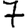
Digit: 7